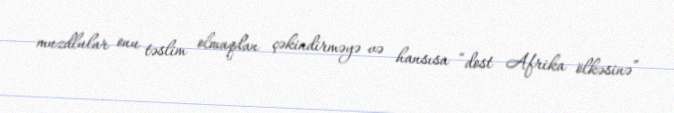
muzdlular onu təslim olmaqdan çəkindirməyə və hansısa “dost Afrika ölkəsinə”